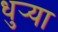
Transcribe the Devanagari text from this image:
धुर्‍या